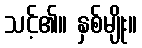
သင့်၏။ နှစ်မျိုး။